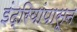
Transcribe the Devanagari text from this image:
इंद्रियांपासून